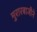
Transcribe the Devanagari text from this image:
मुरारबाजीने